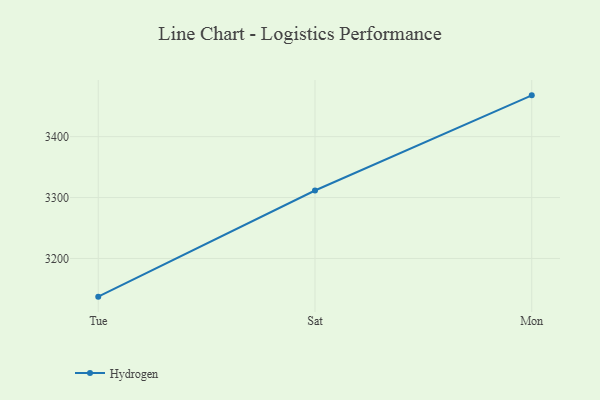
{"axis": {"x": "Day", "y": "Energy Usage (MWh)"}, "legend": ["Hydrogen"], "data": [{"x": "Tue", "y": 3137.3, "type": "Hydrogen"}, {"x": "Sat", "y": 3311.6, "type": "Hydrogen"}, {"x": "Mon", "y": 3467.8, "type": "Hydrogen"}]}